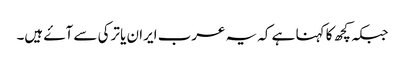
جبکہ کچھ کا کہنا ہے کہ یہ عرب ایران یا ترکی سے آۓ ہیں۔